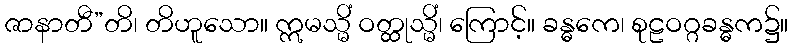
ဇာနာတီ”တိ၊ တိဟူသော။ ဣမသ္မိံ ဝတ္ထုသ္မိံ၊ ကြောင့်။ ခန္ဓကေ၊ စုဠဝဂ္ဂခန္ဓက၌။